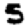
Digit: 5